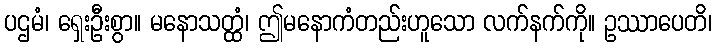
ပဌမံ၊ ရှေးဦးစွာ။ မနောသတ္ထံ၊ ဤမနောကံတည်းဟူသော လက်နက်ကို။ ဥဿာပေတိ၊